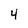
Character: 4